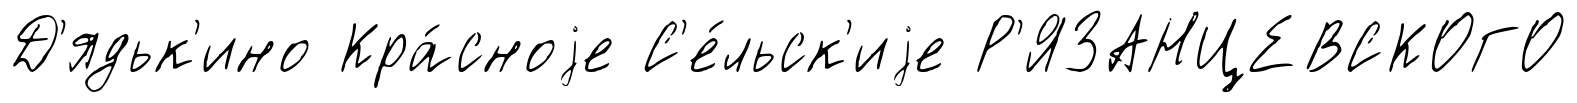
Д'ядьк'ино Кра́сноjе С'е́льск'иjе Р'ЯЗАНЦЕВСКОГО